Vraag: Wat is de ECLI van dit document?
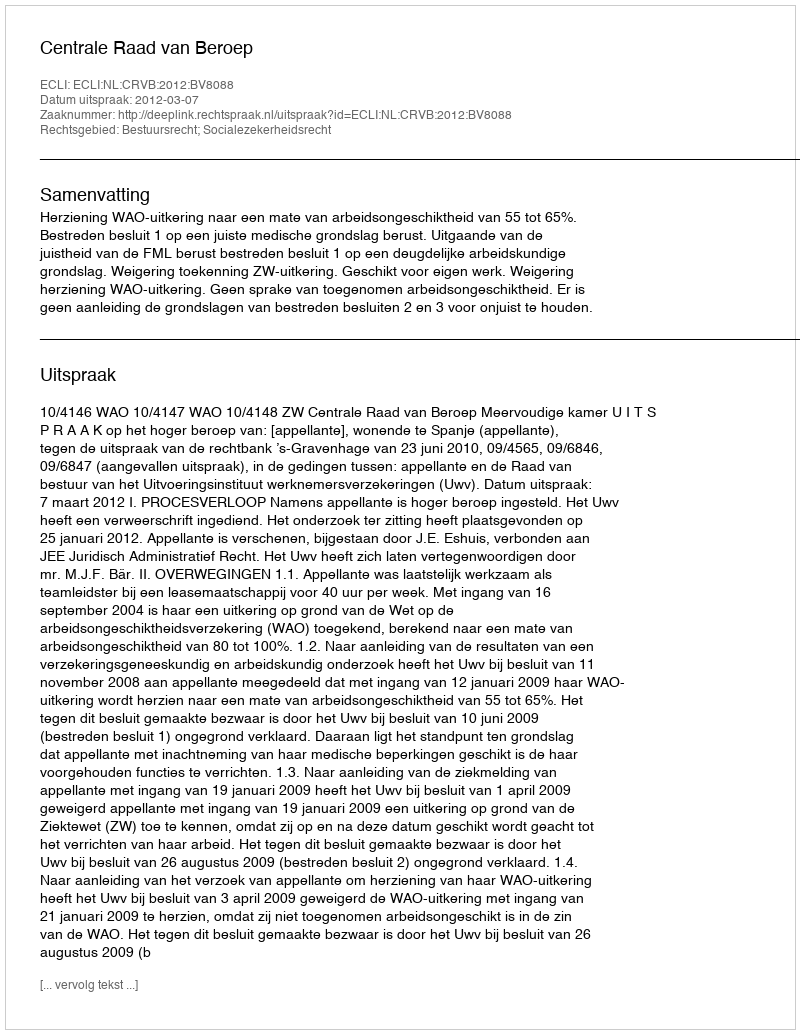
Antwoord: ECLI:NL:CRVB:2012:BV8088